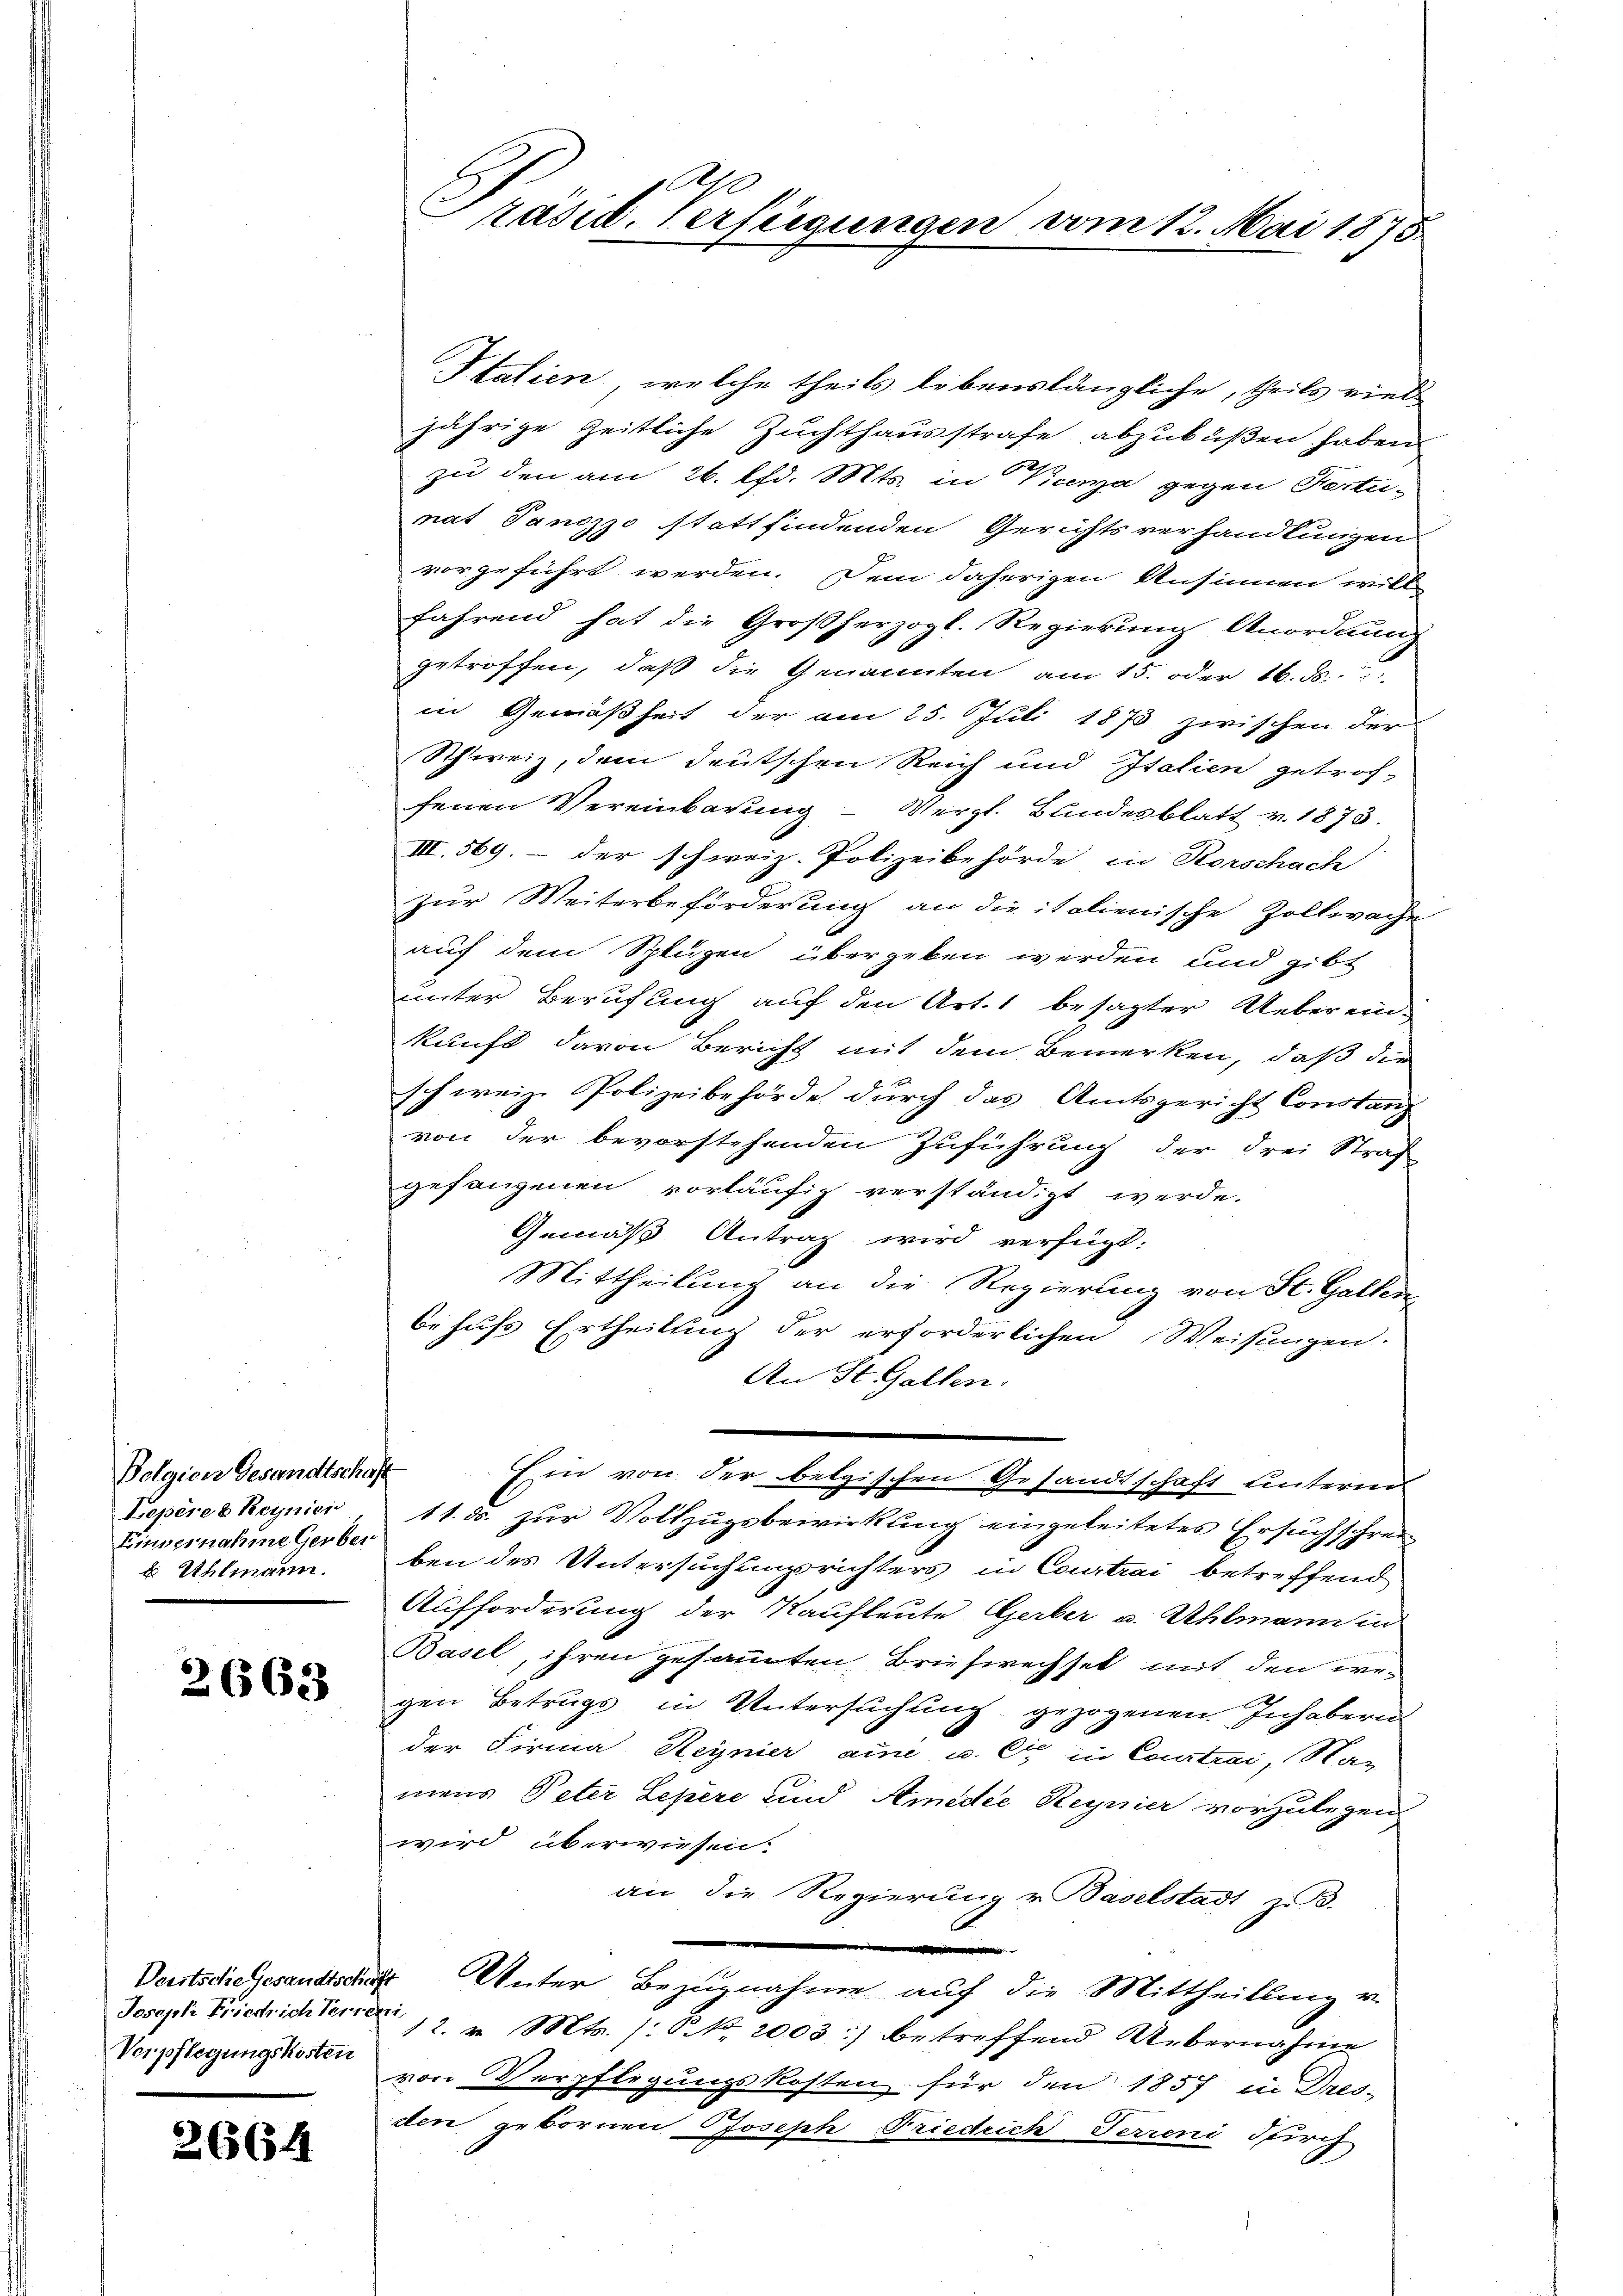
Polgien Gesandtschaft
Lepères Reynici
Einvernahme Gerber
 Uhlmann.

2663

Verpflegungskosten

2664

Präsid. Verfügungen vom 12. Mai 1875.

Italien, welche theils lebenslängliche, theils viel-
jährige Zeitliche Zuchthausstrafe abzubüßen haben
zu den am 26. Chr. Mts. in Kunza gegen Ferti-
nat Panizzo stattfindenden Gerichtsverhandlungen
vorgeführt werden. Dem daherigen Ansinnen will
fährend hat die Großherzogl. Regierung Anordnung
getroffen, daß die Genannten am 15. oder 16. ds.
in Gemäßheit der am 25. Juli 1873 zwischen der
Schweiz, dem deutschen Reich und Italien getrof-
fenen Vereinbarung - Vergl. Bundesblatt v. 1873.
III. 369. – der schweiz. Polizeibehörde in Horschach
zur Weiterbeförderung an die italienische Zollwache
auf dem Splügen übergeben werden und gibt
unter Berufung auf den Art. 1 besagter Uebereinkunft davon Bericht mit dem Bemerken, daß die
schweiz. Polizeibehörde durch das Amtsgericht Constanz
von der bevorstehenden Zuführung der drei Straf
gefangenen vorläufig verständigt werde.
Gemäß Antrag wird verfügt:
Mittheilung an die Regierung von St. Gallen
behufs Ertheilung der erforderlichen Weisungen
An St. Gallen.
Ein von der belgischen Gesandtschaft unterm
11. ds. zur Vollzugsbewirkung eingeleitetes Ersuchschreiben des Untersuchungsrichters in Courtrai betreffend
Aufforderung der Kaufleute Gerber u. Uhlmann in
Basel, ihren gesammten Briefwechsel mit den wegen Betrugs in Untersuchung gezogenen Inhabern
der Firma Heynier ame u. Cie in Courtrai, Stan
mens Peter Lepere und Amedie Regnier vorzulegen
wird überwiesen.
an die Regierung u Baselstadt zu 3.
Vorstsche gesandtsche Unter Bezugnahme auf die Mittheillung v.
Joseph Friedrichten 12. Mts. /: NNo. 2003 :/ betreffend Uebernahme
von Verpflegungskosten für den 1857 in Dres-
den gebornen Joseph Friedrich Ferreni Pirch